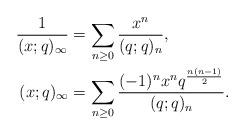
LaTeX: \begin{align*}\frac{1}{(x;q)_\infty} & = \sum_{n \geq 0} \frac{x^n}{(q;q)_n}, \\(x;q)_\infty &= \sum_{n \geq 0} \frac{(-1)^n x^n q^{\frac{n(n-1)}{2}}}{(q;q)_n}.\end{align*}